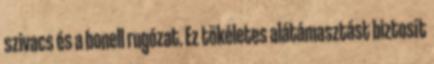
szivacs és a bonell rugózat. Ez tökéletes alátámasztást biztosít